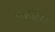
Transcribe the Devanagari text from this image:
हरब्लेंडाउन